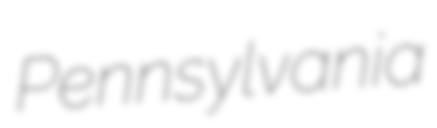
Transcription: Pennsylvania